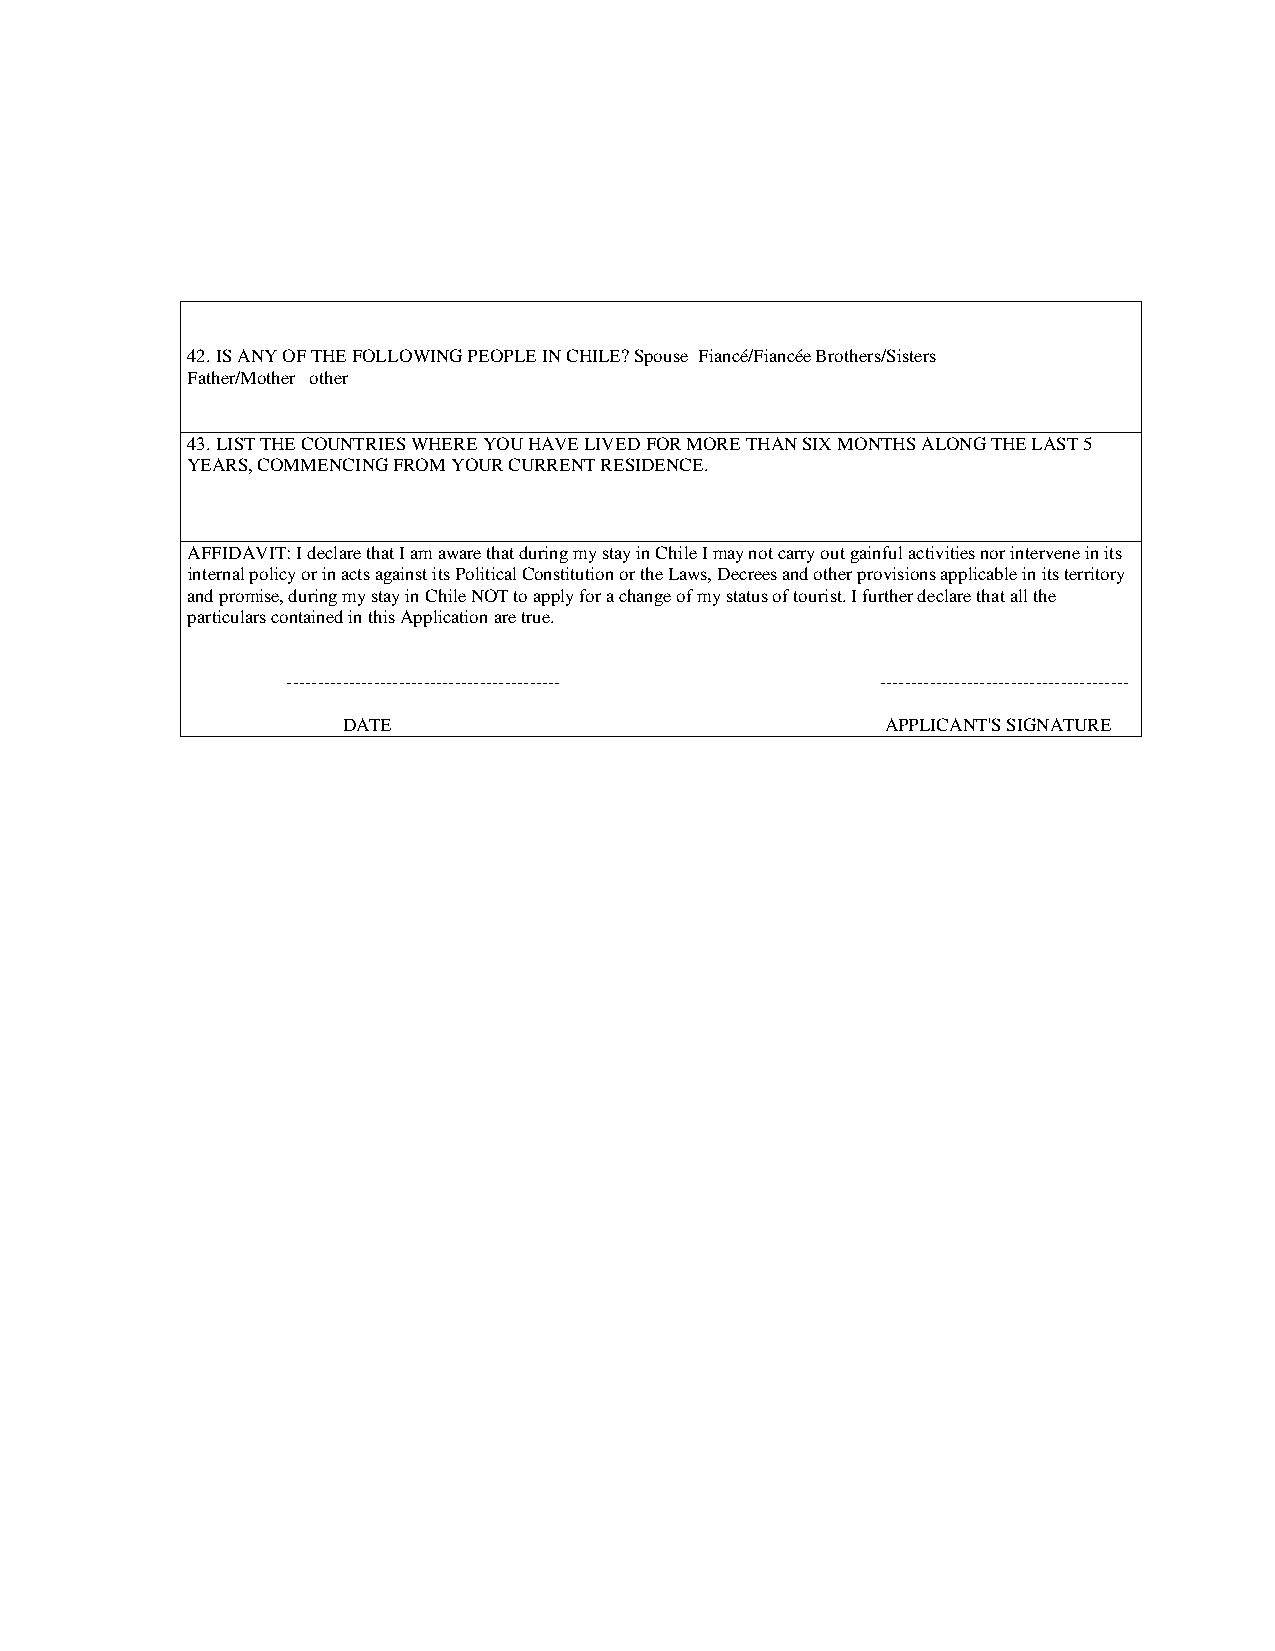
42. IS ANY OF THE FOLLOWING PEOPLE IN CHILE? Spouse Fiancé/Fiancée Brothers/Sisters
 Father/Mother other
 43. LIST THE COUNTRIES WHERE YOU HAVE LIVED FOR MORE THAN SIX MONTHS ALONG THE LAST 5
 YEARS, COMMENCING FROM YOUR CURRENT RESIDENCE.
 AFFIDAVIT: I declare that I am aware that during my stay in Chile I may not carry out gainful activities nor intervene in its
 internal policy or in acts against its Political Constitution or the Laws, Decrees and other provisions applicable in its territory
 and promise, during my stay in Chile NOT to apply for a change of my status of tourist. I further declare that all the
 particulars contained in this Application are true.
 -------------------------------------------- ----------------------------------------
 DATE                                APPLICANT'S SIGNATURE